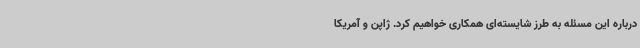
درباره این مسئله به طرز شایسته‌ای همکاری خواهیم کرد. ژاپن و آمریکا